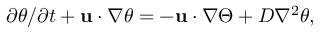
\begin{array} { r } { \partial \theta / \partial t + { \mathbf { u } } \cdot \nabla \theta = - { \mathbf { u } } \cdot \nabla \Theta + D \nabla ^ { 2 } \theta , } \end{array}